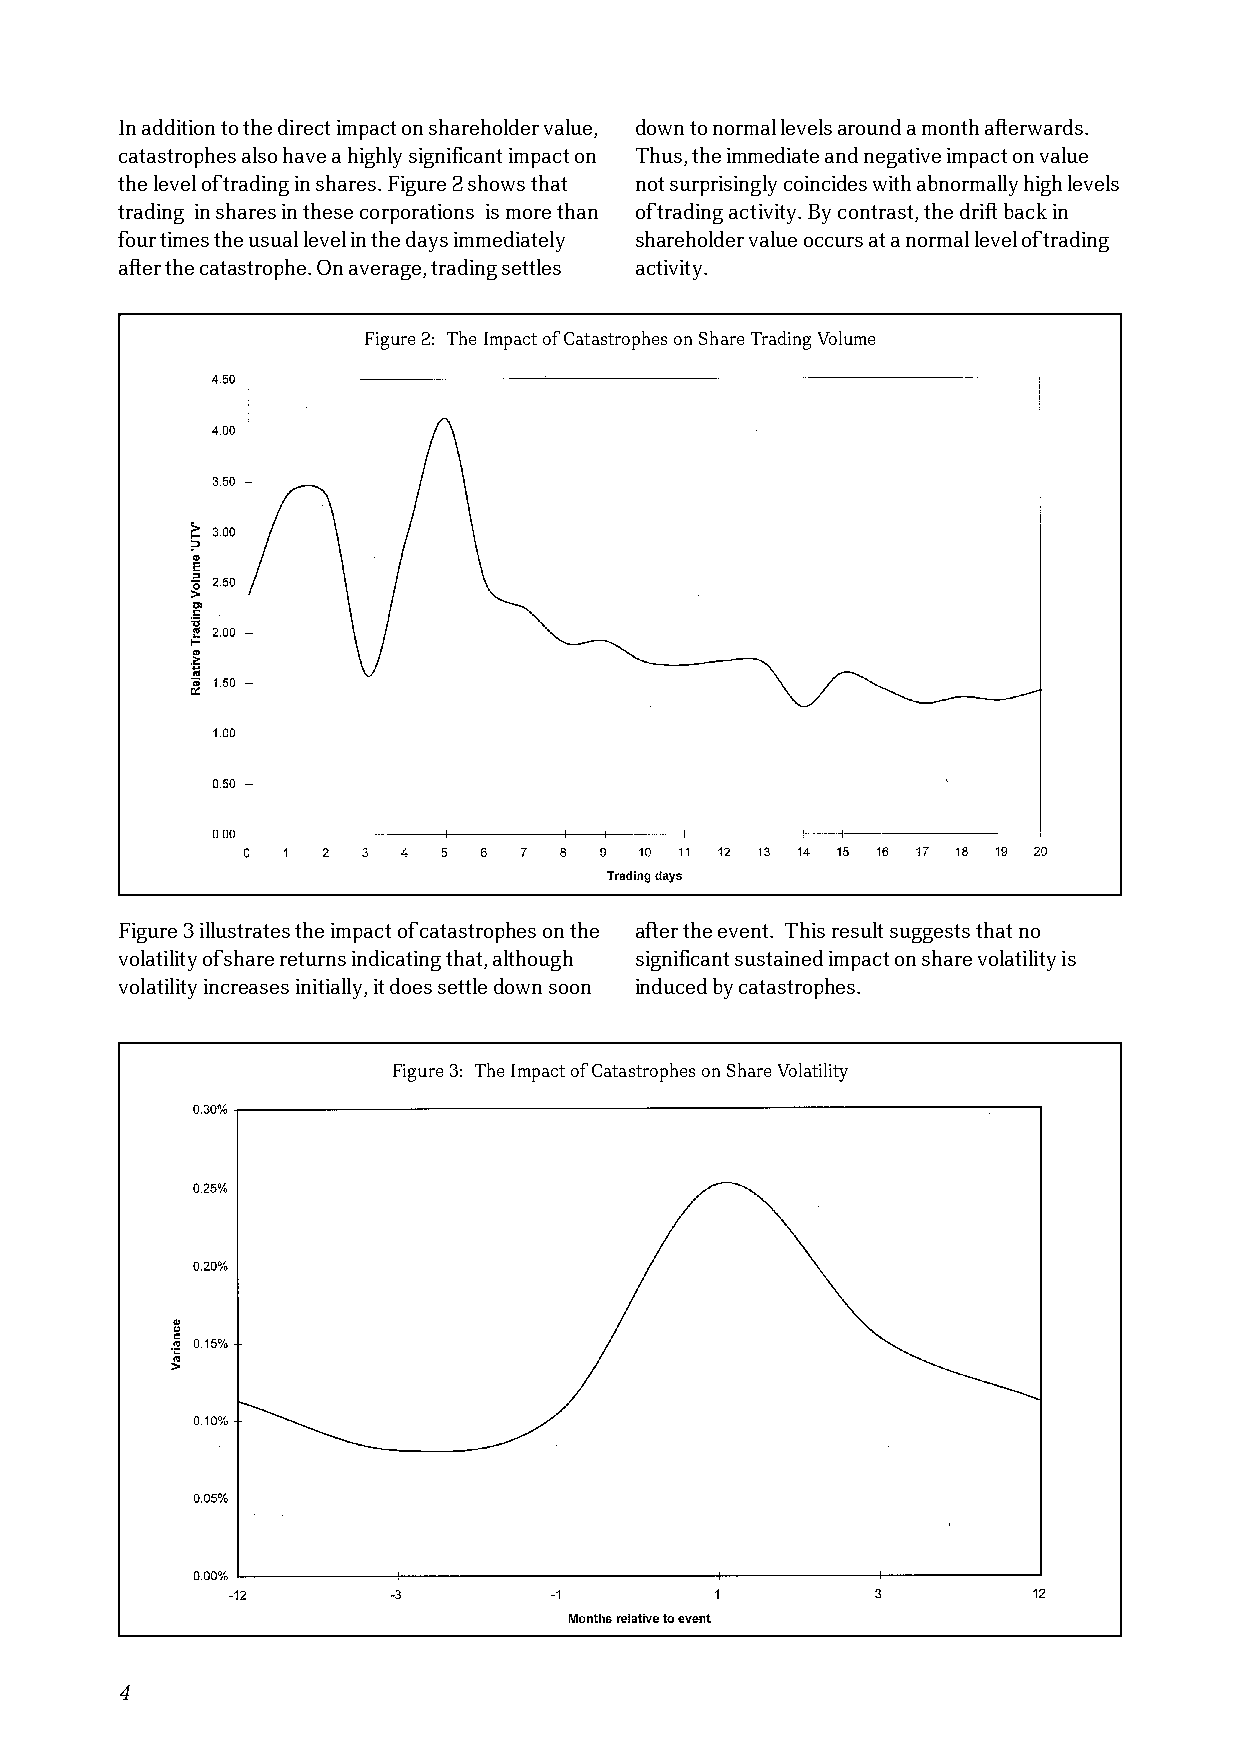
In addition to the direct impact on shareholder value, down to normal levels around a month afterwards.
 catastrophes also have a highly significant impact on Thus, the immediate and negative impact on value
 the level of trading in shares. Figure 2 shows that not surprisingly coincides with abnormally high levels
 trading in shares in these corporations is more than of trading activity. By contrast, the drift back in
 four times the usual level in the days immediately shareholder value occurs at a normal level of trading
 after the catastrophe. On average, trading settles activity.
 Figure 2: The Impact of Catastrophes on Share Trading Volume
 Figure 3 illustrates the impact of catastrophes on the after the event. This result suggests that no
 volatility of share returns indicating that, although significant sustained impact on share volatility is
 volatility increases initially, it does settle down soon induced by catastrophes.
 Figure 3: The Impact of Catastrophes on Share Volatility
 4